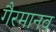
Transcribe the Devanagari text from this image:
गैरमानव